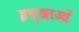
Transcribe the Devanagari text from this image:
इच्छाआें